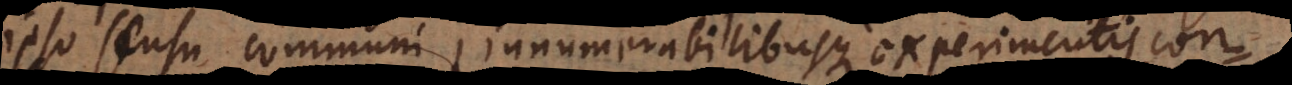
ipso sensu communi innumerabilibusque experimentis con